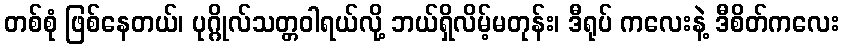
တစ်စုံ ဖြစ်နေတယ်၊ ပုဂ္ဂိုလ်သတ္တဝါရယ်လို့ ဘယ်ရှိလိမ့်မတုန်း၊ ဒီရုပ် ကလေးနဲ့ ဒီစိတ်ကလေး